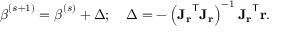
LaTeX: { \boldsymbol { \beta } } ^ { ( s + 1 ) } = { \boldsymbol { \beta } } ^ { ( s ) } + \Delta ; \quad \Delta = - \left( \mathbf { J _ { r } } ^ { \mathsf { T } } \mathbf { J _ { r } } \right) ^ { - 1 } \mathbf { J _ { r } } ^ { \mathsf { T } } \mathbf { r } .